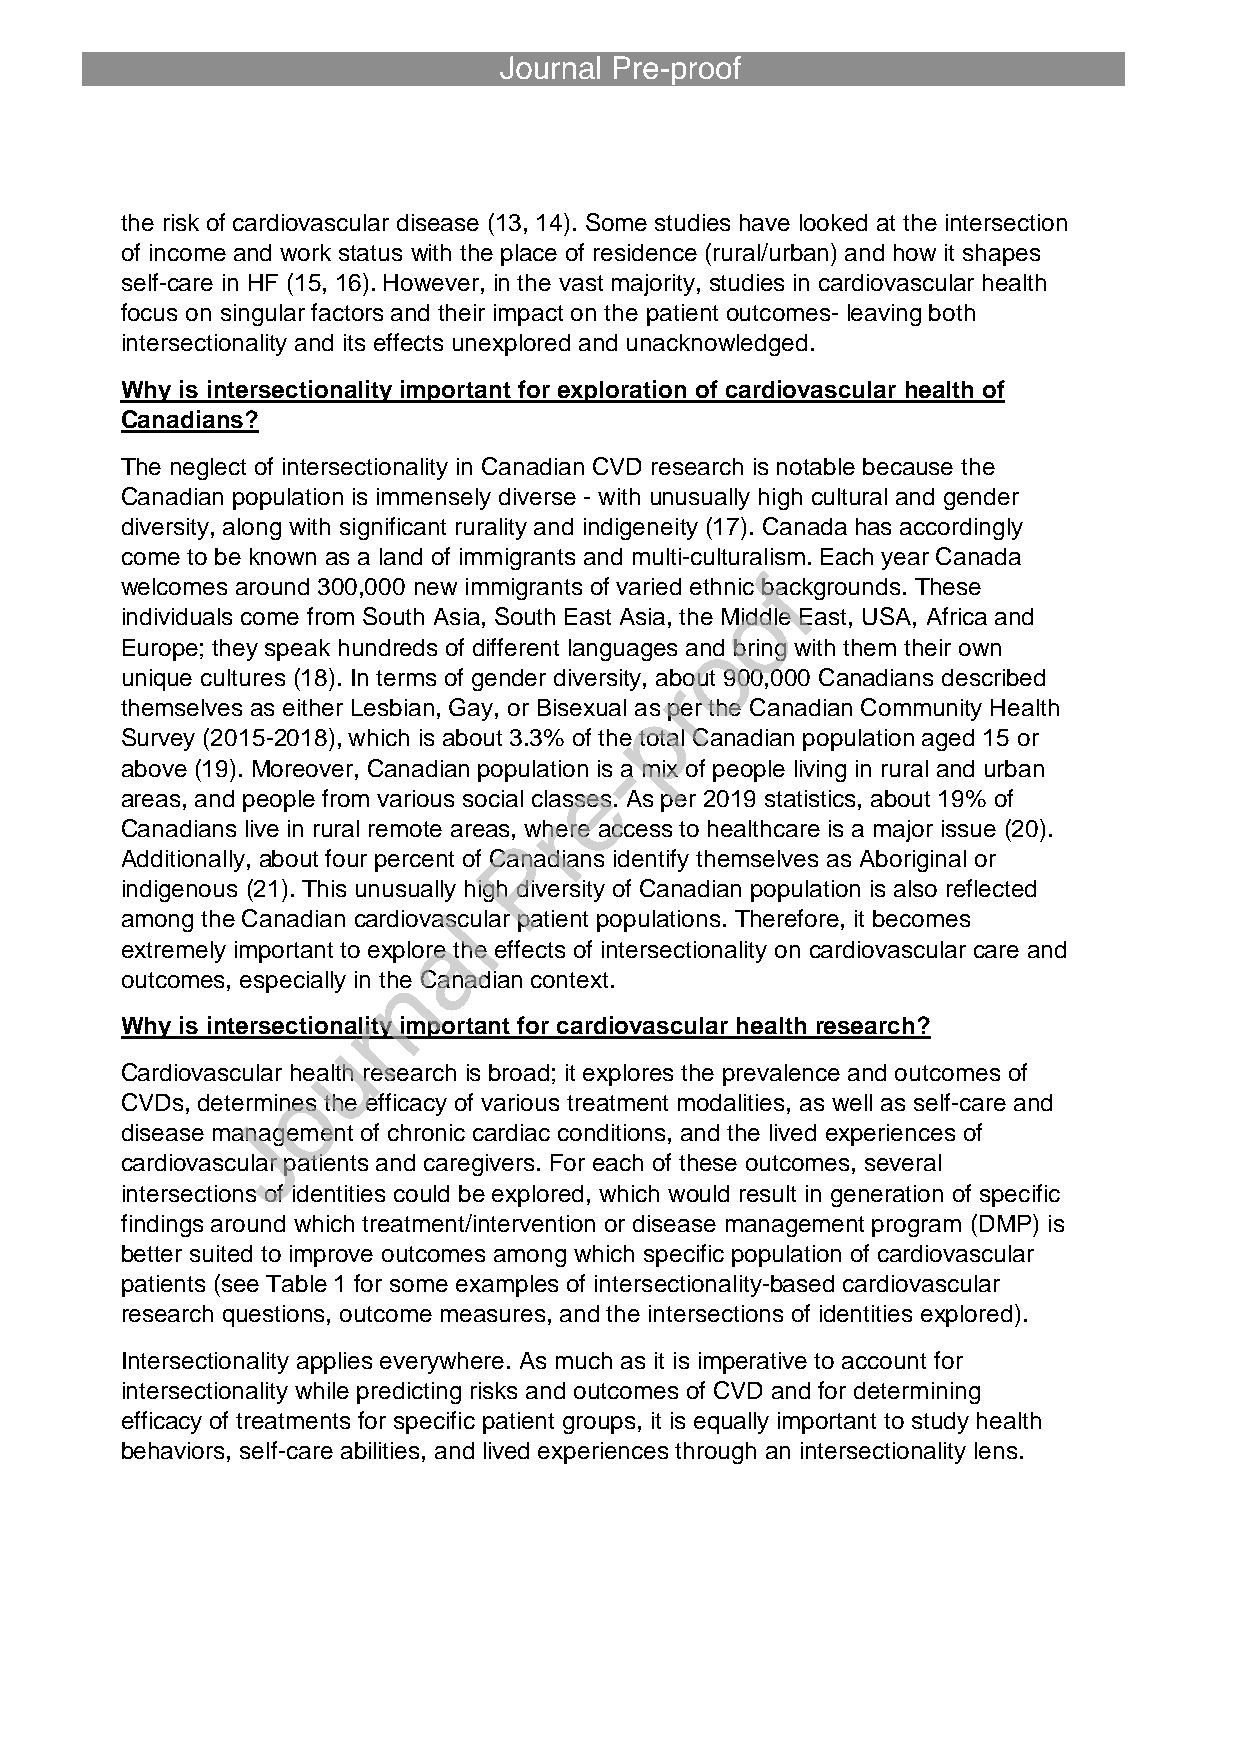
the risk of cardiovascular disease (13, 14). Some studies have looked at the intersection
 of income and work status with the place of residence (rural/urban) and how it shapes
 self-care in HF (15, 16). However, in the vast majority, studies in cardiovascular health
 focus on singular factors and their impact on the patient outcomes- leaving both
 intersectionality and its effects unexplored and unacknowledged.
 Why is intersectionality important for exploration of cardiovascular health of
 Canadians?
 The neglect of intersectionality in Canadian CVD research is notable because the
 Canadian population is immensely diverse - with unusually high cultural and gender
 diversity, along with significant rurality and indigeneity (17). Canada has accordingly
 come to be known as a land of immigrants and multi-culturalism. Each year Canada
 welcomes around 300,000 new immigrants of varied ethnic backgrounds. These
 individuals come from South Asia, South East Asia, the Middle East, USA, Africa and
 Europe; they speak hundreds of different languages and bring with them their own
 unique cultures (18). In terms of gender diversity, about 900,000 Canadians described
 themselves as either Lesbian, Gay, or Bisexual as per the Canadian Community Health
 Survey (2015-2018), which is about 3.3% of the total Canadian population aged 15 or
 above (19). Moreover, Canadian population is a mix of people living in rural and urban
 areas, and people from various social classes. As per 2019 statistics, about 19% of
 Canadians live in rural remote areas, where access to healthcare is a major issue (20).
 Additionally, about four percent of Canadians identify themselves as Aboriginal or
 indigenous (21). This unusually high diversity of Canadian population is also reflected
 among the Canadian cardiovascular patient populations. Therefore, it becomes
 extremely important to explore the effects of intersectionality on cardiovascular care and
 outcomes, especially in the Canadian context.
 Why is intersectionality important for cardiovascular health research?
 Cardiovascular health research is broad; it explores the prevalence and outcomes of
 CVDs, determines the efficacy of various treatment modalities, as well as self-care and
 disease management of chronic cardiac conditions, and the lived experiences of
 cardiovascular patients and caregivers. For each of these outcomes, several
 intersections of identities could be explored, which would result in generation of specific
 findings around which treatment/intervention or disease management program (DMP) is
 better suited to improve outcomes among which specific population of cardiovascular
 patients (see Table 1 for some examples of intersectionality-based cardiovascular
 research questions, outcome measures, and the intersections of identities explored).
 Intersectionality applies everywhere. As much as it is imperative to account for
 intersectionality while predicting risks and outcomes of CVD and for determining
 efficacy of treatments for specific patient groups, it is equally important to study health
 behaviors, self-care abilities, and lived experiences through an intersectionality lens.